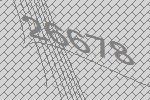
26678